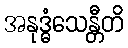
အနုဒ္ဓံသေန္တီတိ